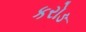
કરોઙ